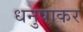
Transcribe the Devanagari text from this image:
धनुषाकर